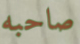
صاحبه